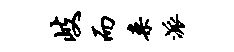
岐而案派